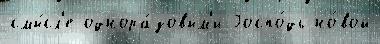
смы́сл'е однора́зовым'и Госпо́дь но́вой